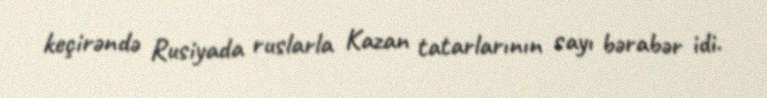
keçirəndə Rusiyada ruslarla Kazan tatarlarının sayı bərabər idi.